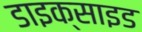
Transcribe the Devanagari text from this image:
डाइक्साइड